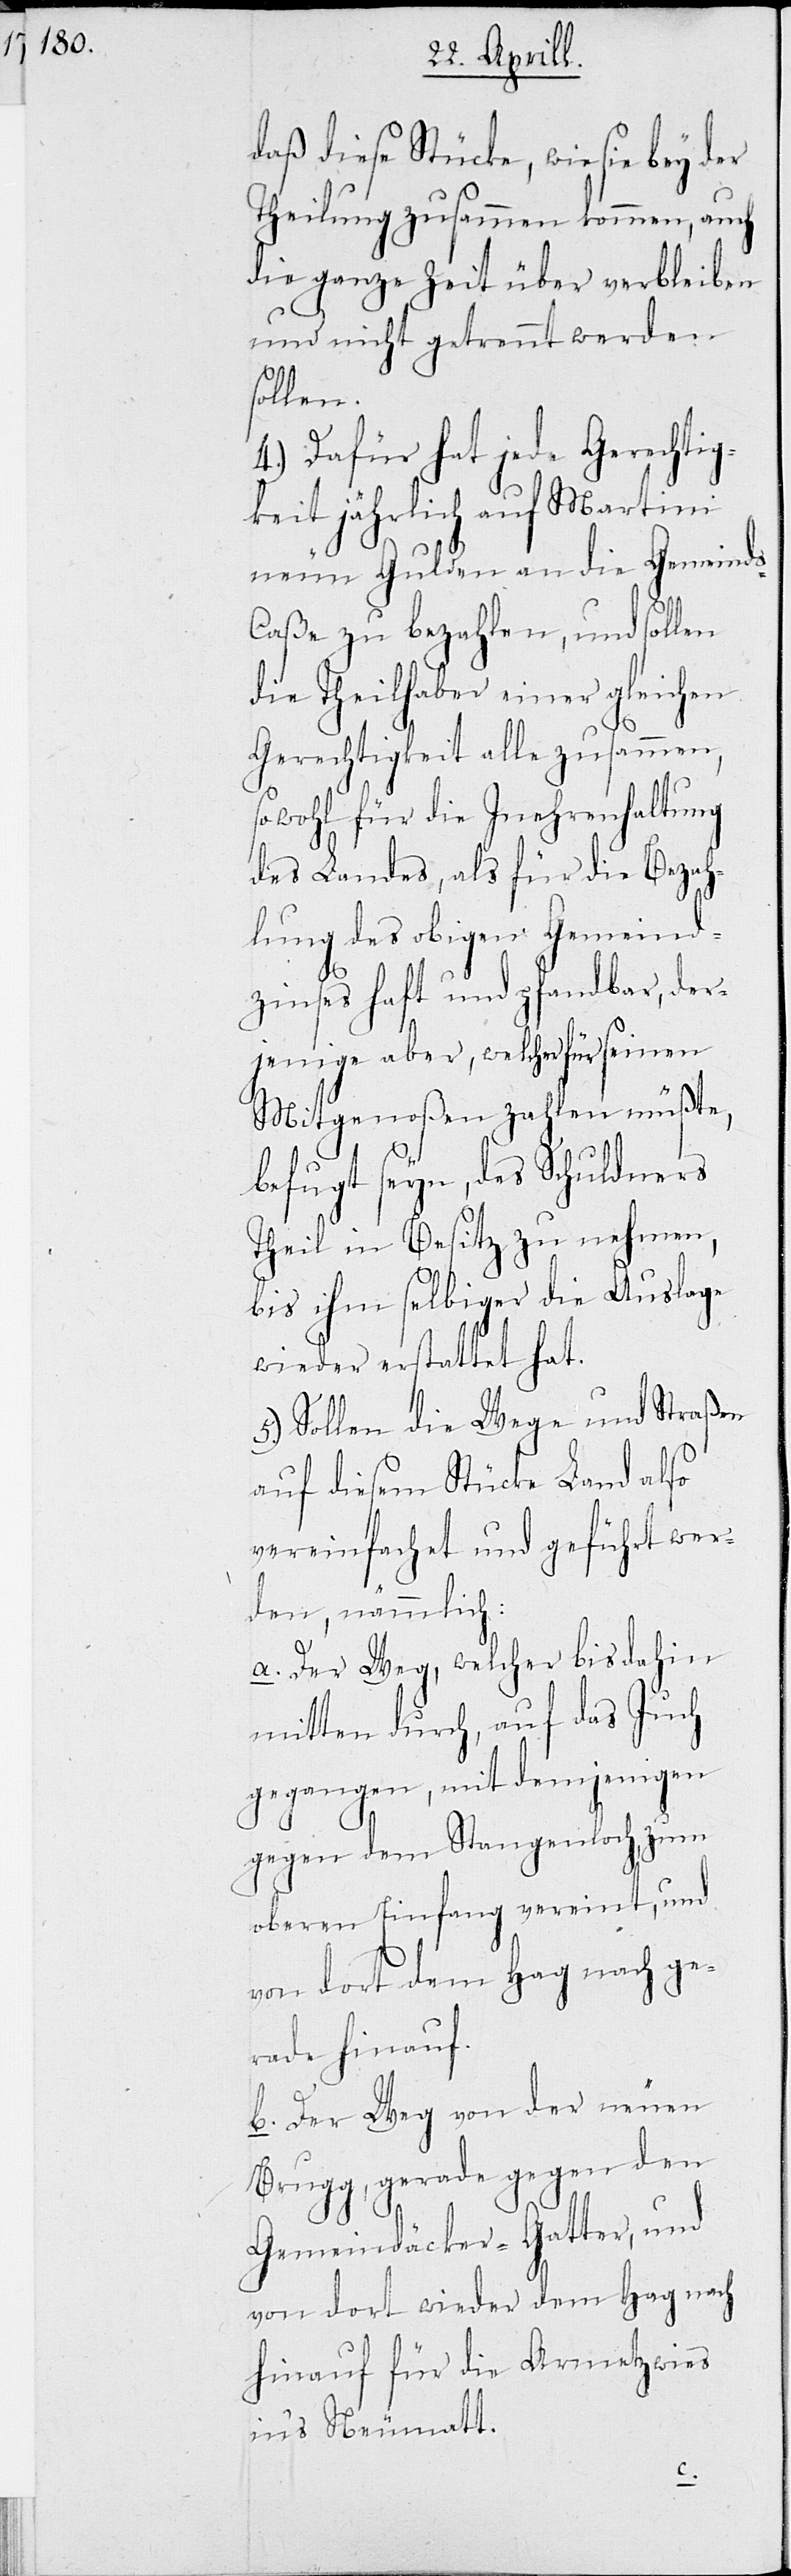
daß diese Stücke, wie sie bey der
Theilung zusammen kommen, auch
die ganze Zeit über verbleiben
und nicht getrennt werden
sollen.
4.) Dafür hat jede Gerechtig¬
keit jährlich auf Martini
neun Gulden an die Gemeind¬
s-Caße zu bezahlen, und sollen
die Theilhaber einer gleichen
Gerechtigkeit alle zusammen,
sowohl für die Inehrenhaltung
des Landes, als für die Bezah¬
lung des obigen Gemeind¬
zinses haft und pfandbar, der¬
jenige aber, welcher für seinen
Mitgenoßen zahlen müßte,
befugt seyn, des Schuldners
Theil in Besitz zu nehmen,
bis ihm selbiger die Auslage
wieder erstattet hat.
5.) Sollen die Wege und Straßen
auf diesem Stücke Land also
vereinfachet und geführt wer¬
den, nämmlich:
a. Der Weg, welcher bis dahin
mitten durch, auf das Juch
gegangen, mit demjenigen
gegen dem Stangenloch, zum
oberen Einfang vereint, und
von dort dem Hag nach ge¬
rade hinauf.
b. Der Weg von der neuen
Brugg, gerade gegen den
Gemeindäcker-Gatter, und
von dort wieder dem Hag nach
hinauf für die Armetzwies
in’s Neumatt.